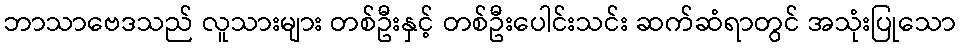
ဘာသာဗေဒသည် လူသားများ တစ်ဦးနှင့် တစ်ဦးပေါင်းသင်း ဆက်ဆံရာတွင် အသုံးပြုသော